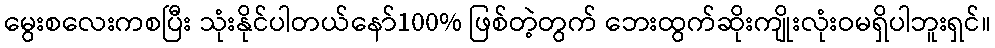
မွေးစလေးကစပြီး သုံးနိုင်ပါတယ်နော်100% ဖြစ်တဲ့တွက် ဘေးထွက်ဆိုးကျိုးလုံးဝမရှိပါဘူးရှင်။